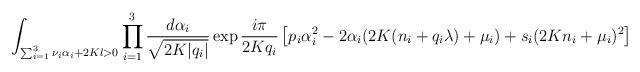
LaTeX: \begin{align*}\int_{\sum_{i=1}^{3}\nu_{i}\alpha_{i}+2Kl>0}\prod_{i=1}^{3}\frac{d\alpha_{i}}{\sqrt{2K|q_{i}|}}\exp\frac{i\pi}{2Kq_{i}}\left[p_{i}\alpha_{i}^{2}-2\alpha_{i}(2K(n_{i}+q_{i}\lambda)+\mu_{i})+s_{i}(2Kn_{i}+\mu_{i})^{2}\right]\end{align*}